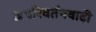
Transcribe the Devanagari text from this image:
अपरिवर्तनवादी